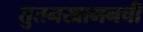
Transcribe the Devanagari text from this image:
तुतनखामनची